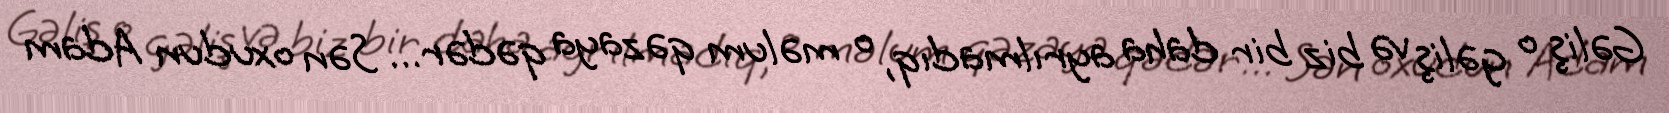
Gəliş o gəliş və biz bir daha ayrılmadıq, o məlum qəzaya qədər… Sən oxudun Adam